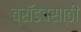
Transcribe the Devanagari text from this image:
ब्रॉडवेसाठी